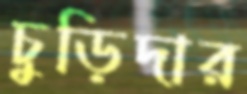
চুড়িদার